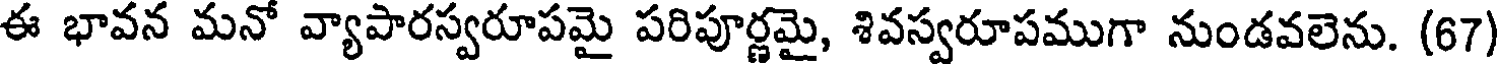
ఈ భావన మనో వ్యాపారస్వరూపమై పరిపూర్ణమై, శివస్వరూపముగా నుండవలెను. (67)